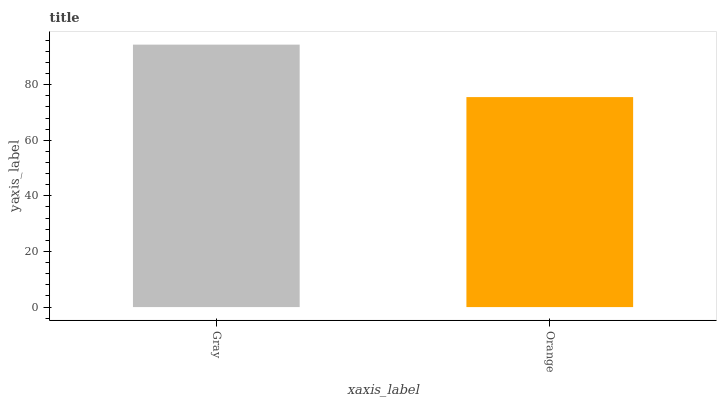
| xaxis_label | bars |
 | --- | --- |
 | Gray | 94.4 |
 | Orange | 75.5 |